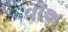
વૉશ